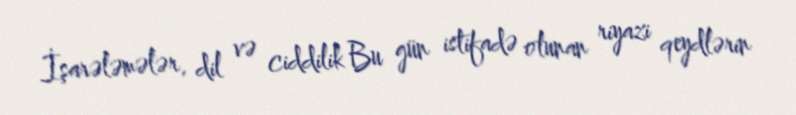
İşarələmələr, dil və ciddilik Bu gün istifadə olunan riyazi qeydlərin